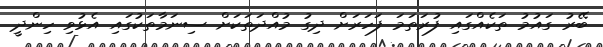
ބޭރު ގައުމު ތަކެއްގައި ފުރަތަމަ ފަހަރަށް ދިގު މުއްދަތަކަށް ސިނަމާތަކުގައި އެޅުވި ހިންދީ